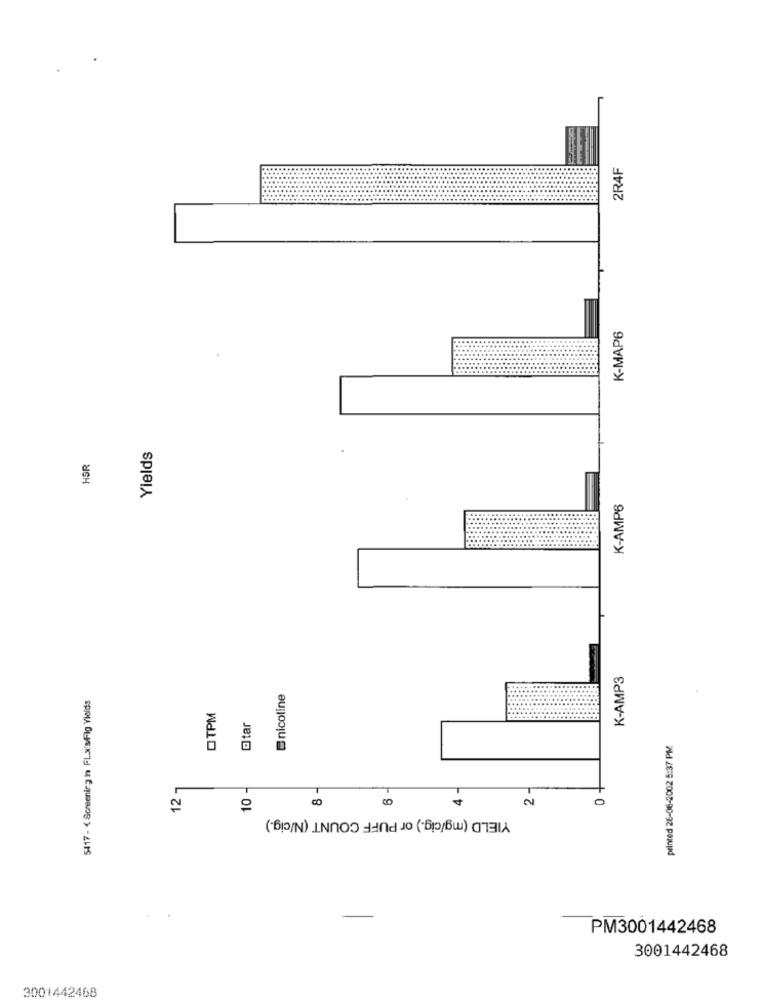
2R4F
K-MAP6
Yields
HOR
K-AMP6
K-AMP3
5417 - < Screening in FLx'sFig Yields
Enicotine
OTPM
Otar
printed 26-06-2002 5:37 PM
12 1
10 -
0
YIELD (mg/cig.) or PUFF COUNT (N/cig.)
PM3001442468
3001442468
3001442468